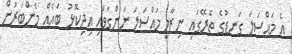
އެ މައްސަލަ ގަނޑުގެ ތެރޭގައި ނިޒާމީ މައްސަލަ ނަންގަވައި އިދިކޮޅު ބައެއް މެންބަރުން